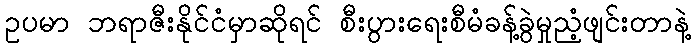
ဥပမာ ဘရာဇီးနိုင်ငံမှာဆိုရင် စီးပွားရေးစီမံခန့်ခွဲမှုညံ့ဖျင်းတာနဲ့